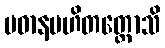
ပဓာနပဟိတတ္တောသိ